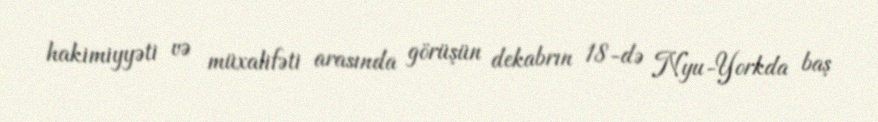
hakimiyyəti və müxalifəti arasında görüşün dekabrın 18-də Nyu-Yorkda baş